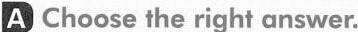
A Choose the right answer.